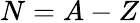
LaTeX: N=A-Z